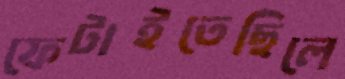
ফেটাইতেছিলে